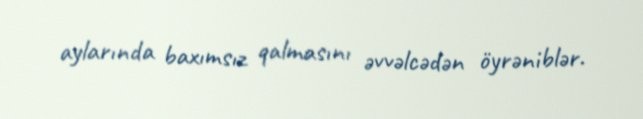
aylarında baxımsız qalmasını əvvəlcədən öyrəniblər.